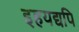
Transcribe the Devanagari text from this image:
इहयद्यपि